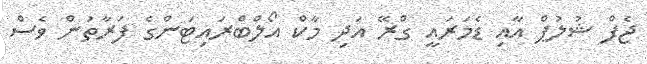
ޖެފް ޝުލުޕް އާއި ޑެމަރައީ ގްރޭ އަދި މާކް އޯލްބްރައިޓަންގެ ފަރާތުން ވެސް